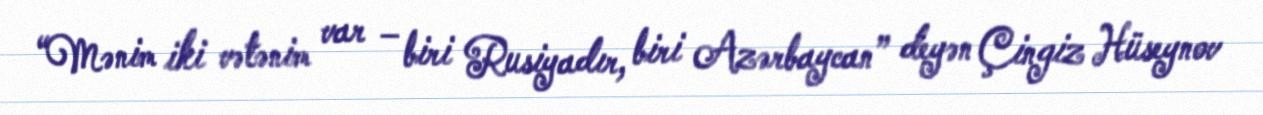
“Mənim iki vətənim var – biri Rusiyadır, biri Azərbaycan” deyən Çingiz Hüseynov